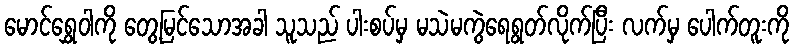
မောင်ရွှေဝါကို တွေ့မြင်သောအခါ သူသည် ပါးစပ်မှ မသဲမကွဲရေရွတ်လိုက်ပြီး လက်မှ ပေါက်တူးကို